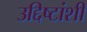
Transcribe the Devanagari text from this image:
उद्दिष्टांशी